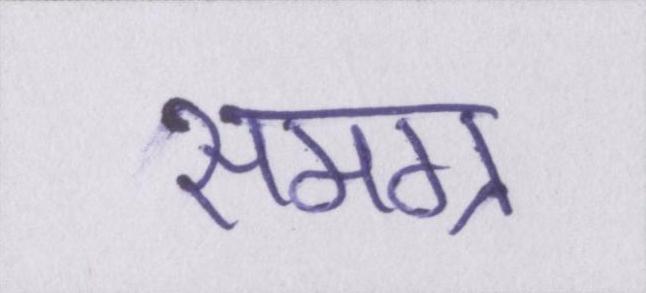
समग्र